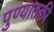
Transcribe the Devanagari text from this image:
पुण्यातकी